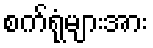
စက်ရုံများအား